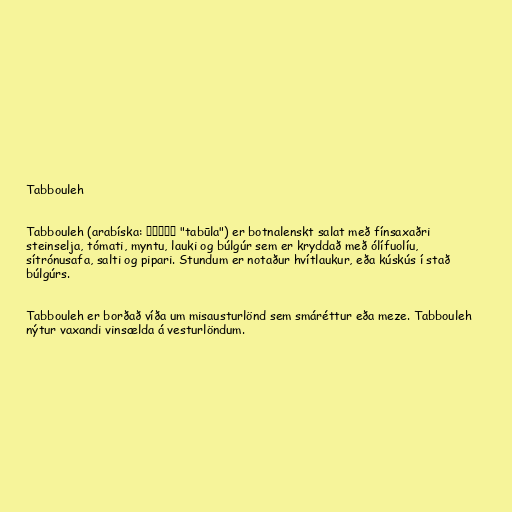
Tabbouleh

Tabbouleh (arabíska: تبولة‎ "tabūla") er botnalenskt salat með fínsaxaðri
steinselja, tómati, myntu, lauki og búlgúr sem er kryddað með ólífuolíu,
sítrónusafa, salti og pipari. Stundum er notaður hvítlaukur, eða kúskús í stað
búlgúrs.

Tabbouleh er borðað víða um misausturlönd sem smáréttur eða meze. Tabbouleh
nýtur vaxandi vinsælda á vesturlöndum.